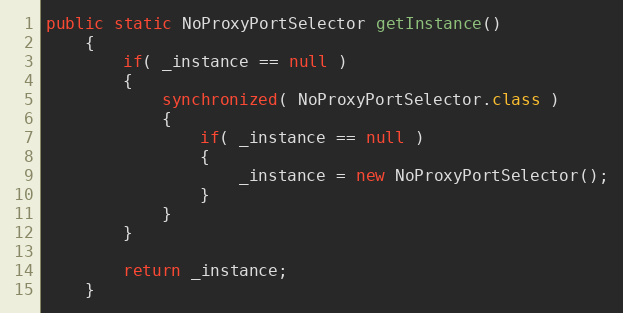
Language: Java
public static NoProxyPortSelector getInstance()
    {
        if( _instance == null )
        {
            synchronized( NoProxyPortSelector.class )
            {
                if( _instance == null )
                {
                    _instance = new NoProxyPortSelector();
                }
            }
        }

        return _instance;
    }